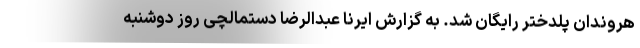
هروندان پلدختر رایگان شد. به گزارش ایرنا عبدالرضا دستمالچی روز دوشنبه